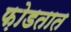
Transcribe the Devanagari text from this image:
फ़ोडतात